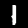
Label: 1